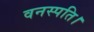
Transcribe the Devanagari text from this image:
वनस्पति।